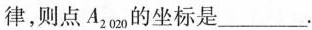
律，则点A_{2020}的坐标是___。